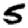
Digit: 5